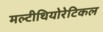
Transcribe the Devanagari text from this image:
मल्टीथियोरेटिकल